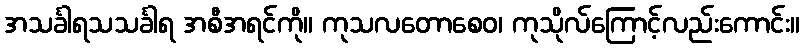
အသင်္ခါရသသင်္ခါရ အစီအရင်ကို။ ကုသလတောစေဝ၊ ကုသိုလ်ကြောင့်လည်းကောင်း။